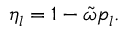
\eta _ { l } = 1 - \tilde { \omega } p _ { l } .